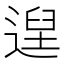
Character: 𮞴